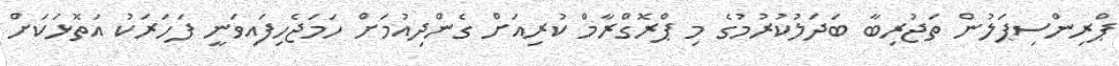
ޕްރިންސިޕަލުން ތަޖުރިބާ ބަދަލުކުރުމުގެ މި ޕްރޮގްރާމް ކުރިއަށް ގެންދިއުމަށް ހަމަޖެހިފައިވަނީ ފަހަރަކު އަތޮޅަކަށް